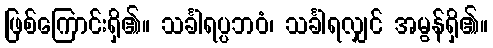
ဖြစ်ကြောင်းရှိ၏။ သင်္ခါရပ္ပဘဝံ၊ သင်္ခါရလျှင် အမွန်ရှိ၏။